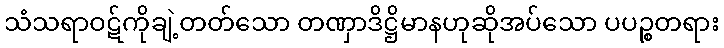
သံသရာဝဋ်ကိုချဲ့တတ်သော တဏှာဒိဋ္ဌိမာနဟုဆိုအပ်သော ပပဉ္စတရား